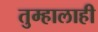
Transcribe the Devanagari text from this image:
तुम्हालाही